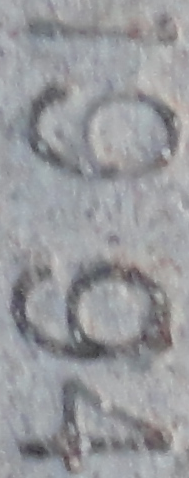
1994